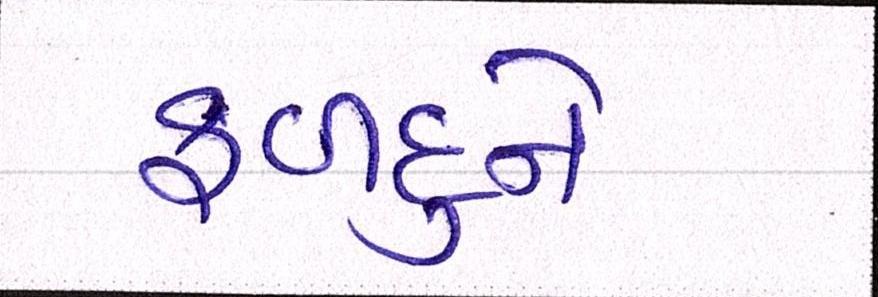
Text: ફળદુને